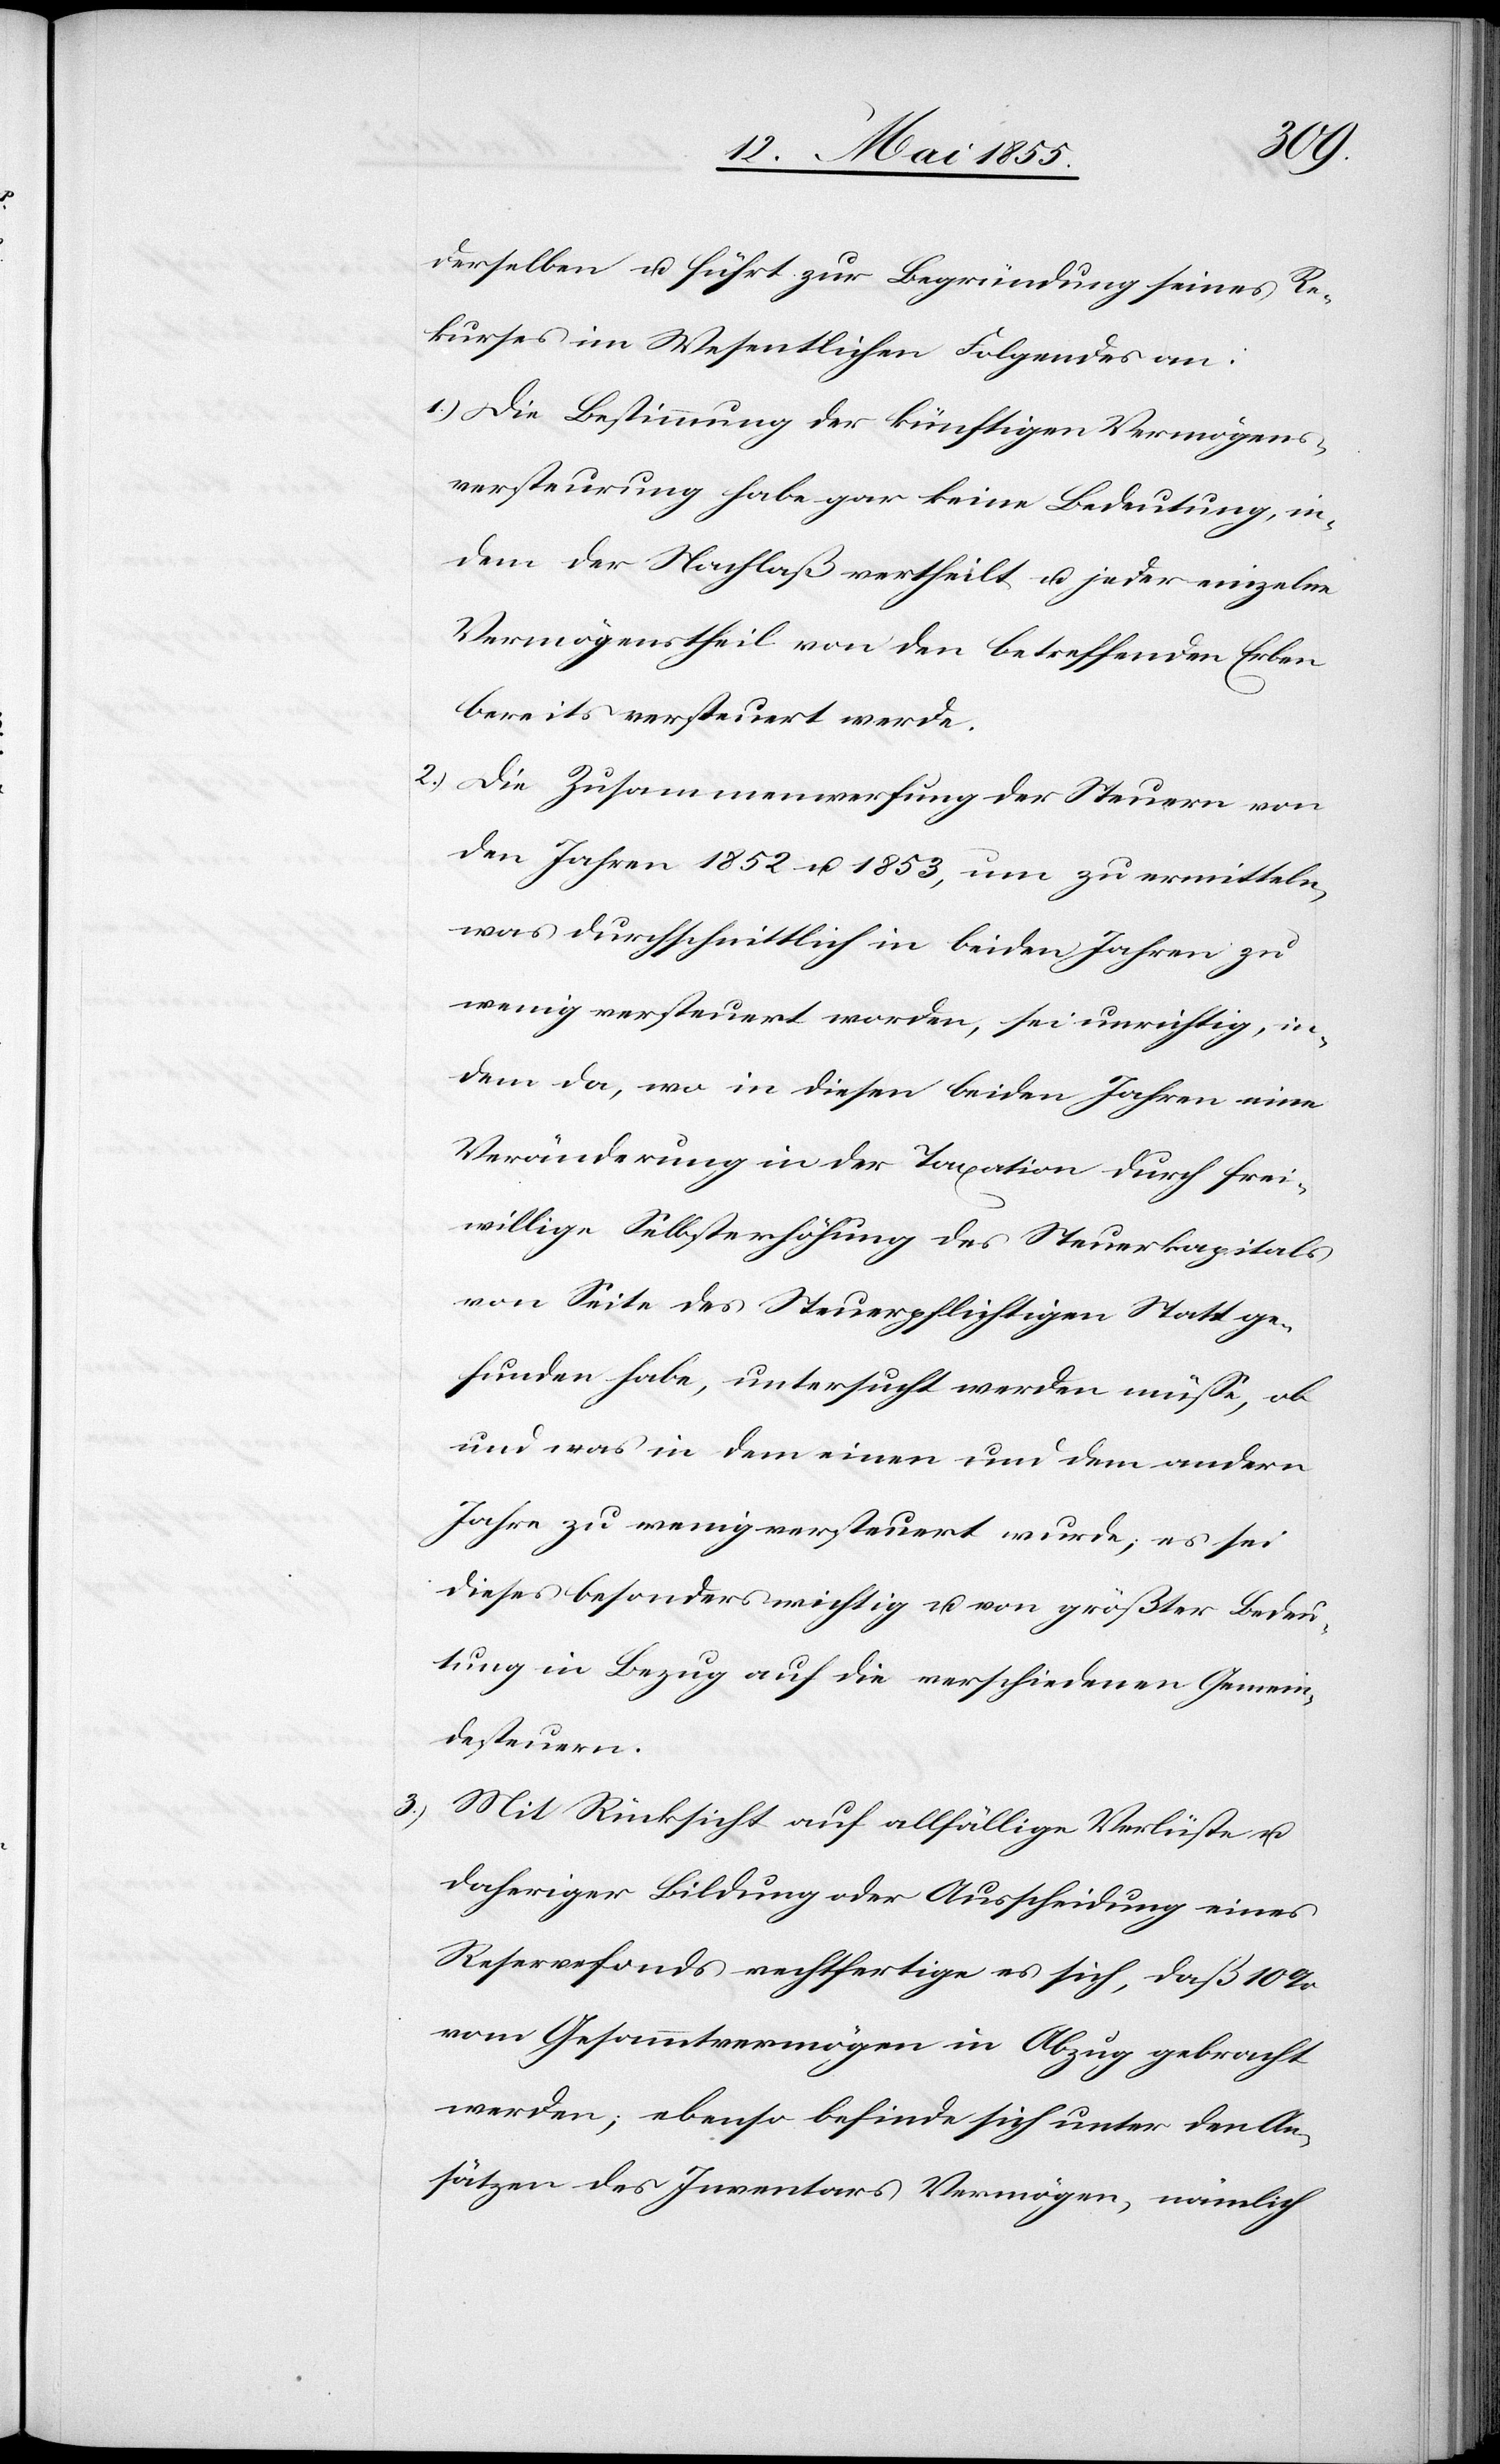
derselben u. führt zur Begründung seines Re¬
kurses im Wesentlichen Folgendes an:
Die Bestimmung der künftigen Vermögens¬
versteurung habe gar keine Bedeutung, in¬
dem der Nachlaß vertheilt u. jeder einzelne
Vermögenstheil von den betreffenden Erben
bereits versteuert werde.
Die Zusammenwerfung der Steuern von
den Jahren 1852 u. 1853, um zu ermitteln,
was durchschnittlich in beiden Jahren zu
wenig versteuert worden, sei unrichtig, in¬
dem da, wo in diesen beiden Jahren eine
Veränderung in der Taxation durch frei¬
willige Selbsterhöhung des Steuerkapitals
von Seite des Steuerpflichtigen Statt ge¬
funden habe, untersucht werden müsse, ob
und was in dem einen und dem andern
Jahre zu wenig versteuert wurde, es sei
dieses besonders wichtig u. von größter Bedeu¬
tung in Bezug auf die verschiedenen Gemein¬
desteuern.
Mit Rücksicht auf allfällige Verlüste u.
daheriger Bildung oder Ausscheidung eines
Reservefonds rechtfertige es sich, daß 10%
vom Gesammtvermögen in Abzug gebracht
werden, ebenso befinde sich unter den An¬
sätzen des Inventars Vermögen, nämlich